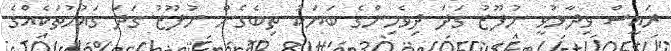
ރައީސް ވިދާޅުވީ ނުފޫޒު ގަދަ ދިވެހިންގެ ބަޔަކު ތިބެގެން ނުފޫޒު ގަދަ ގައުމުތަކެއްގެ